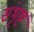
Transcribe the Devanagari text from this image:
संभृष्टं